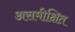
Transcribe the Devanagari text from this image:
असमीक्षित